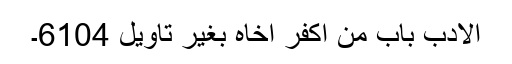
الادب باب من اکفر اخاہ بغیر تاویل 6104۔